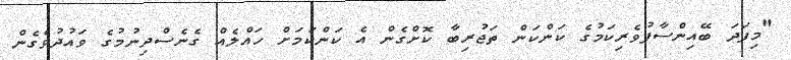
"މިފަދަ ބޭއިންސާފުވެރިކަމުގެ ކަންކަން ތަޖުރިބާ ކޮށްގެން އެ ކަންކަމަށް ހައްލެއް ގެނެސްދިނުމުގެ ވައުދުވެގެން